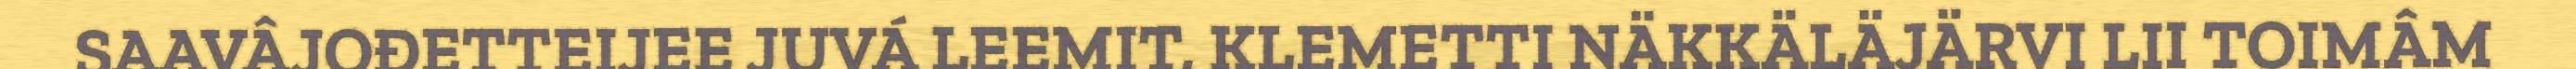
SAAVÂJOĐETTEIJEE JUVÁ LEEMIT, KLEMETTI NÄKKÄLÄJÄRVI LII TOIMÂM